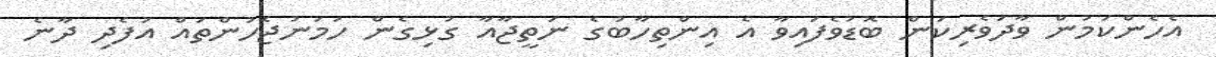
އެހެންކަމުން ވާދަވެރިކަން ބޮޑުވެފައިވާ އެ އިންތިހާބުގެ ނަތީޖާއާ ގުޅިގެން ހަމަނުޖެހުންތައް އުފެދި ދާނެ